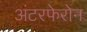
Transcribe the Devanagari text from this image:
अंटरफेरोन